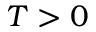
T > 0